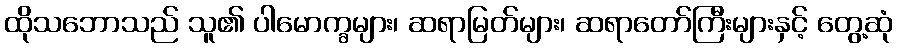
ထိုသဘောသည် သူ၏ ပါမောက္ခများ၊ ဆရာမြတ်များ၊ ဆရာတော်ကြီးများနှင့် တွေ့ဆုံ